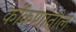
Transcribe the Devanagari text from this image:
कोंकणांतील